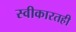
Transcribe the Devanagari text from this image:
स्वीकारतही